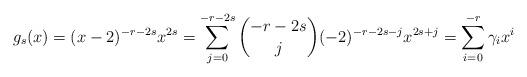
LaTeX: \begin{align*}g_s(x) = (x-2)^{-r-2s}x^{2s}=\sum_{j=0}^{-r-2s}{-r-2s \choose j} (-2)^{-r-2s-j} x^{2s+j}=\sum_{i=0}^{-r}\gamma_i x^i\end{align*}